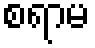
စရာမ